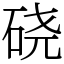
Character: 硗